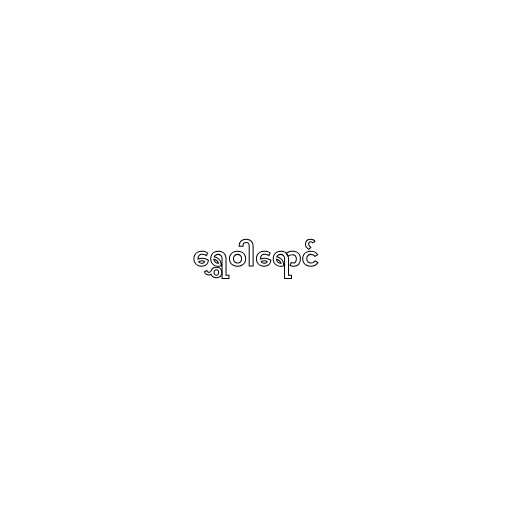
ရွှေဝါရောင်